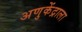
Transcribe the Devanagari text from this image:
अणुकेंद्राला